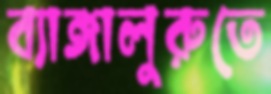
ব্যাঙ্গালুরুতে